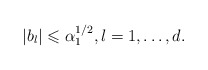
\begin{align*}\vert b_l\vert \leqslant \alpha _1^{1/2},l=1,\dots ,d.\end{align*}